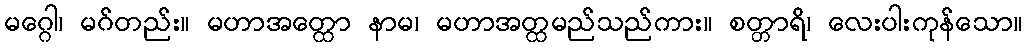
မဂ္ဂေါ၊ မဂ်တည်း။ မဟာအတ္ထော နာမ၊ မဟာအတ္ထမည်သည်ကား။ စတ္တာရိ၊ လေးပါးကုန်သော။